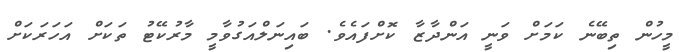
މީހުން ތިބޭނެ ކަމަށް ވަނީ އަންދާޒާ ކޮށްފައެވެ. ބައިނަލްއަގުވާމީ މާރުކޭޓު ތަކަށް އަހަރަކަށް